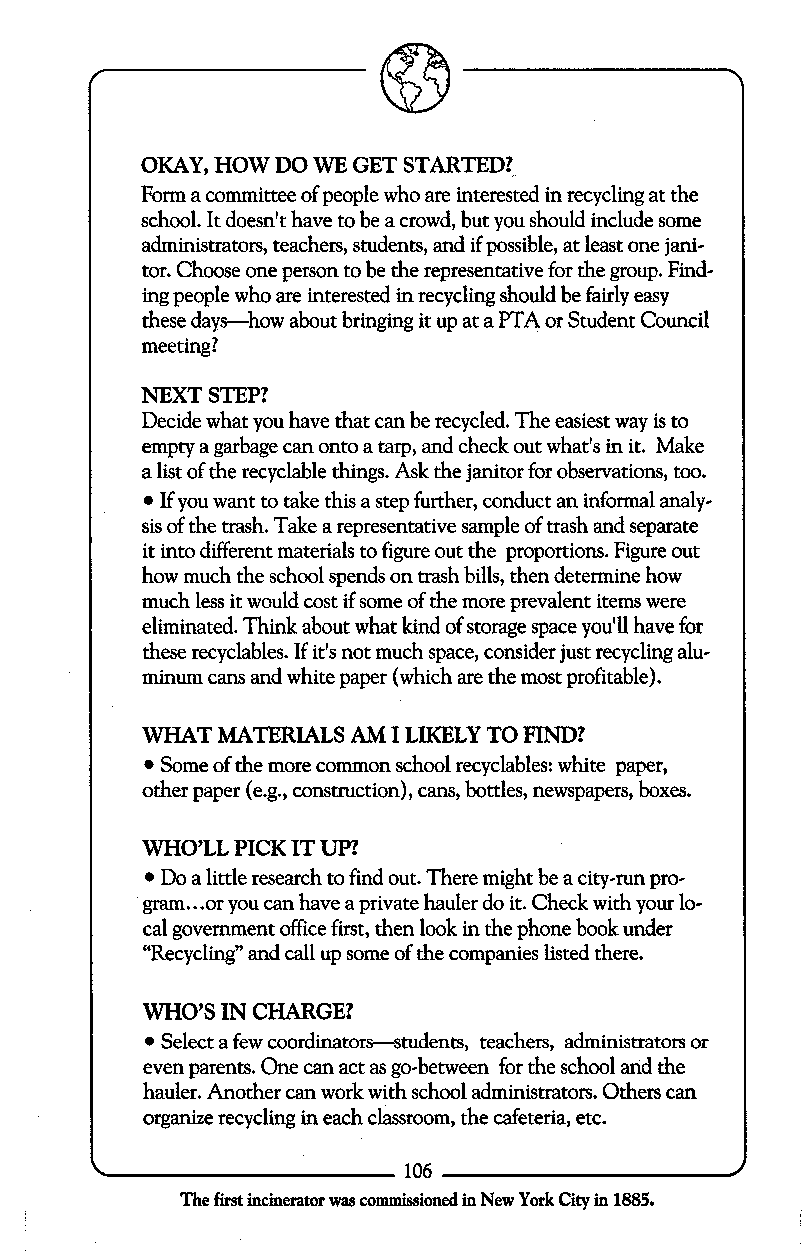
OKAY, HOW DO WE GET STARTED?
 Form a committee of people who are interested in recycling at the
 school. It doesn’t have to be a crowd, but you should include some
 administrators, teachers, students, and if possible, at least one jani-
 tor. Choose one person to be the representative for the group. Find-
 ing people who are interested in recycling should be fairly easy
 these days-how about bringing it up at a PTA or Student Council
 meeting?
 NEXT STEP?
 Decide what you have that can be recycled. The easiest way is to
 empty a garbage can onto a tarp, and check out what‘s in it. Make
 a list of the recyclable things. Ask the janitor for observations, too.
 If you want to take this a step further, conduct an informal analy-
 sis of the trash. Take a representative sample of trash and separate
 it into different materials to figure out the proportions. Figure out
 how much the school spends on trash bills, then determine how
 much less it would cost if some of the more prevalent items were
 eliminated. Think about what kind of storage space you’ll have for
 these recyclables. If it’sn ot much space, consider just recycling alu-
 minum cans and white paper (which are the most profitable).
 WHAT MATERIALS AM I LIKELY TO FIND?
 Some of the more common school recyclables: white paper,
 other paper (e.g., construction), cans, bottles, newspapers, boxes.
 WHO’LL PICK IT UP?
 Do a little research to find out. There might be a city-run pro-
 gram...or you can have a private hauler do it. Check with your lo-
 cal government office fiit, then look in the phone book under
 “Recycling” and call up some of the companies listed there.
 WHO’S IN CHARGE?
 Select a few coordinators-students, teachers, administrators or
 even parents. One can act as go-between for the school and the
 hauler. Another can work with school administrators. Others can
 organize recycling in each classroom, the cafeteria, etc.
 106
 The first incinerator was commissioned in New York City in 1885.